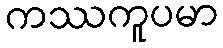
ကဿကူပမာ